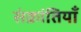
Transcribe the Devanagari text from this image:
संक्रांतियाँ